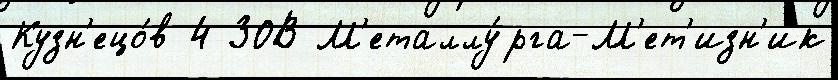
Кузн'ецо́в 4 ЗОВ М'еталлу́рга-М'ет'изн'ик